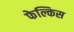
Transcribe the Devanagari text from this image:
फेल्किस